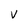
Character: V